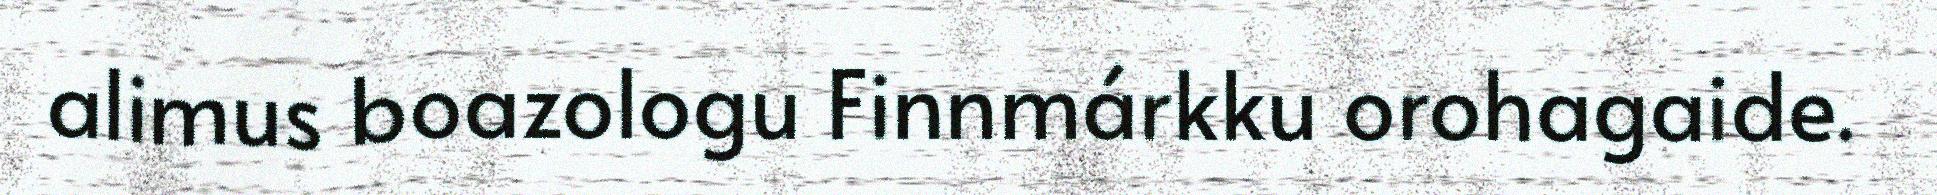
alimus boazologu Finnmárkku orohagaide.